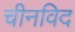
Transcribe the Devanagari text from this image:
चीनविद